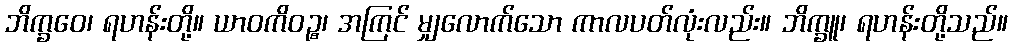
ဘိက္ခဝေ၊ ရဟန်းတို့။ ယာဝကိဝဉ္စ၊ အကြင် မျှလောက်သော ကာလပတ်လုံးလည်း။ ဘိက္ခူ၊ ရဟန်းတို့သည်။